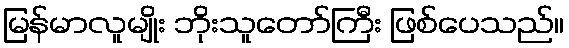
မြန်မာလူမျိုး ဘိုးသူတော်ကြီး ဖြစ်ပေသည်။